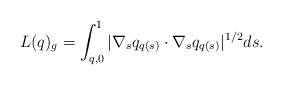
LaTeX: \begin{align*}L(q)_{g}=\int_{q,0}^{1} |\nabla_{s}q_{q(s)}\cdot\nabla_{s}q_{q(s)}|^{1/2}ds.\end{align*}